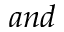
a n d